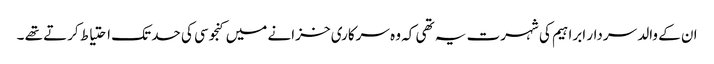
ان کے والد سردار ابراہیم کی شہرت یہ تھی کہ وہ سرکاری خزانے میں کنجوسی کی حد تک احتیاط کرتے تھے ۔